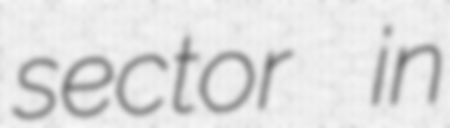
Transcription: sector in